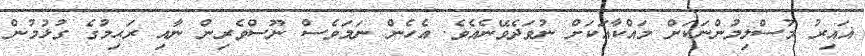
ޣައިރު މުސްލިމުންނަކަށް މައްކާއަކަށް ނުވަދެވޭނެއެވެ. އެހެން ނަމަވެސް ނޫސްވެރިން ނާއި ރަޙިމުގެ ގުޅުމުން